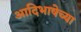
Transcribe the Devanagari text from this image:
आदिभाषेच्या